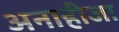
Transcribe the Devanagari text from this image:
अनाहीजा